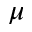
\mu